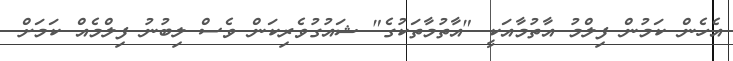
އެހެން ކަމުން ފިލްމު އާތުމާއަކީ "އާތުމާތަކުގެ" ޝައުގުވެރިކަން ވެސް ލިބުނު ފިލްމެއް ކަމަށް